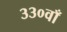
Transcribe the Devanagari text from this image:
३३०वाँ